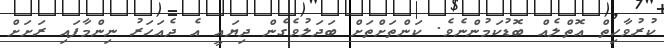
ކުރުވާހިތް އޮތްލެއް ބޮޑުކަމުންނެވެ. ކަންތަށްތަށް ބަދަލުވެގެން ދިޔައީ އެ ދެއަހަރު ނިންމާފައި ރަށަށް